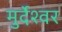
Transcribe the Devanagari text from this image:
मुर्देश्वर